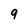
Character: 9